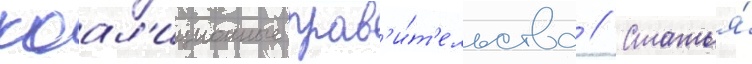
коал'иционные прав'и́т'ельства // Статья́